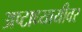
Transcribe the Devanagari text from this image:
अष्टाध्यायीवर